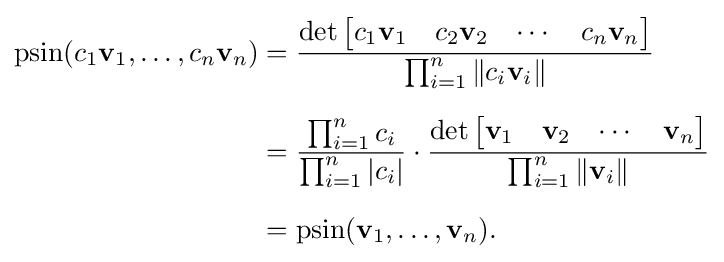
{\begin{aligned}\operatorname {psin} (c_{1}\mathbf {v} _{1},\dots ,c_{n}\mathbf {v} _{n})&={\frac {\det {\begin{bmatrix}c_{1}\mathbf {v} _{1}&c_{2}\mathbf {v} _{2}&\cdots &c_{n}\mathbf {v} _{n}\end{bmatrix}}}{\prod _{i=1}^{n}\|c_{i}\mathbf {v} _{i}\|}}\\[6pt]&={\frac {\prod _{i=1}^{n}c_{i}}{\prod _{i=1}^{n}|c_{i}|}}\cdot {\frac {\det {\begin{bmatrix}\mathbf {v} _{1}&\mathbf {v} _{2}&\cdots &\mathbf {v} _{n}\end{bmatrix}}}{\prod _{i=1}^{n}\|\mathbf {v} _{i}\|}}\\[6pt]&=\operatorname {psin} (\mathbf {v} _{1},\dots ,\mathbf {v} _{n}).\end{aligned}}